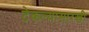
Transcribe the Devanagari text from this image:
टेकल्यासारखी